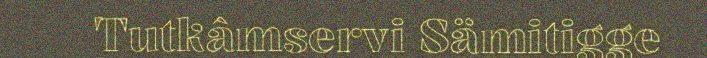
Tutkâmservi Sämitigge